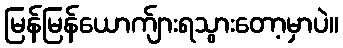
မြန်မြန်ယောက်ျားရသွားတော့မှာပဲ။